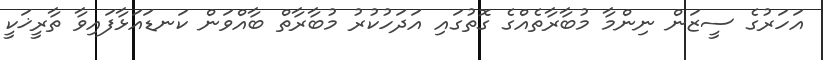
އަހަރުގެ ސީޒަން ނިންމާ މުބާރާތެއްގެ ގޮތުގައި އަދަހުކުރު މުބާރާތް ބާއްވަން ކަނޑައަޅާފައިވާ ތާރީޚަކީ